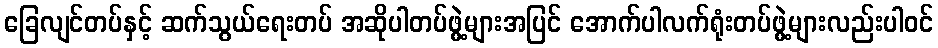
ခြေလျင်တပ်နှင့် ဆက်သွယ်ရေးတပ် အဆိုပါတပ်ဖွဲ့များအပြင် အောက်ပါလက်ရုံးတပ်ဖွဲ့များလည်းပါဝင်